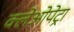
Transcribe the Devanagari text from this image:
क्लेओपेट्रा